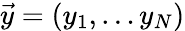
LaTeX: \vec{y}=(y_{1},\dots y_{N})